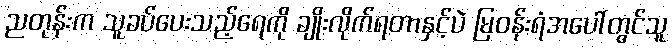
ညတုန်းက သူခပ်ပေးသည့်ရေကို ချိုးလိုက်ရတာနှင့်ပဲ မြဝန်းရံအပေါ်တွင်သူ